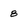
Character: 8